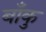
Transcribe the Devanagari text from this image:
बाँकु